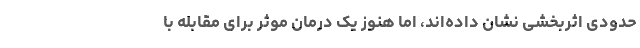
حدودی اثربخشی نشان داده‌اند، اما هنوز یک درمان موثر برای مقابله با